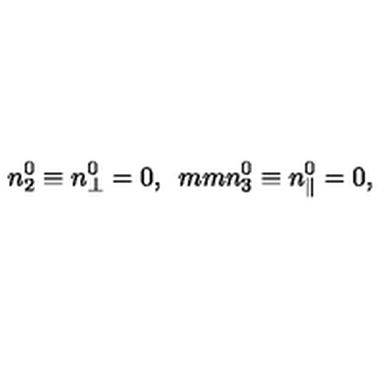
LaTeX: n _ { 2 } ^ { 0 } \equiv n _ { \perp } ^ { 0 } = 0 , \hspace * { 5 m m } n _ { 3 } ^ { 0 } \equiv n _ { \parallel } ^ { 0 } = 0 ,